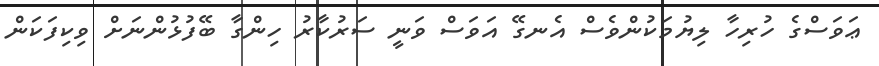
ޢަވަސްގެ ހުރިހާ ލިޔުމަކުންވެސް އެނގޭ އަވަސް ވަނީ ސަރުކާރު ހިންގާ ބޭފުޅުންނަށް ވިކިފަކަން